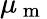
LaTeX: \mu_{\mathrm{~m~}}